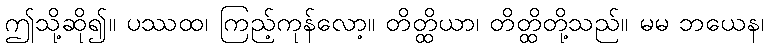
ဤသို့ဆို၍။ ပဿထ၊ ကြည့်ကုန်လော့။ တိတ္ထိယာ၊ တိတ္ထိတို့သည်။ မမ ဘယေန၊